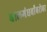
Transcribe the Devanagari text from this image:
बालगंधर्वांबरोबर